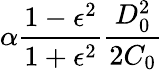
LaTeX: \alpha\frac{1-\epsilon^{2}}{1+\epsilon^{2}}\frac{D_{0}^{2}}{2C_{0}}